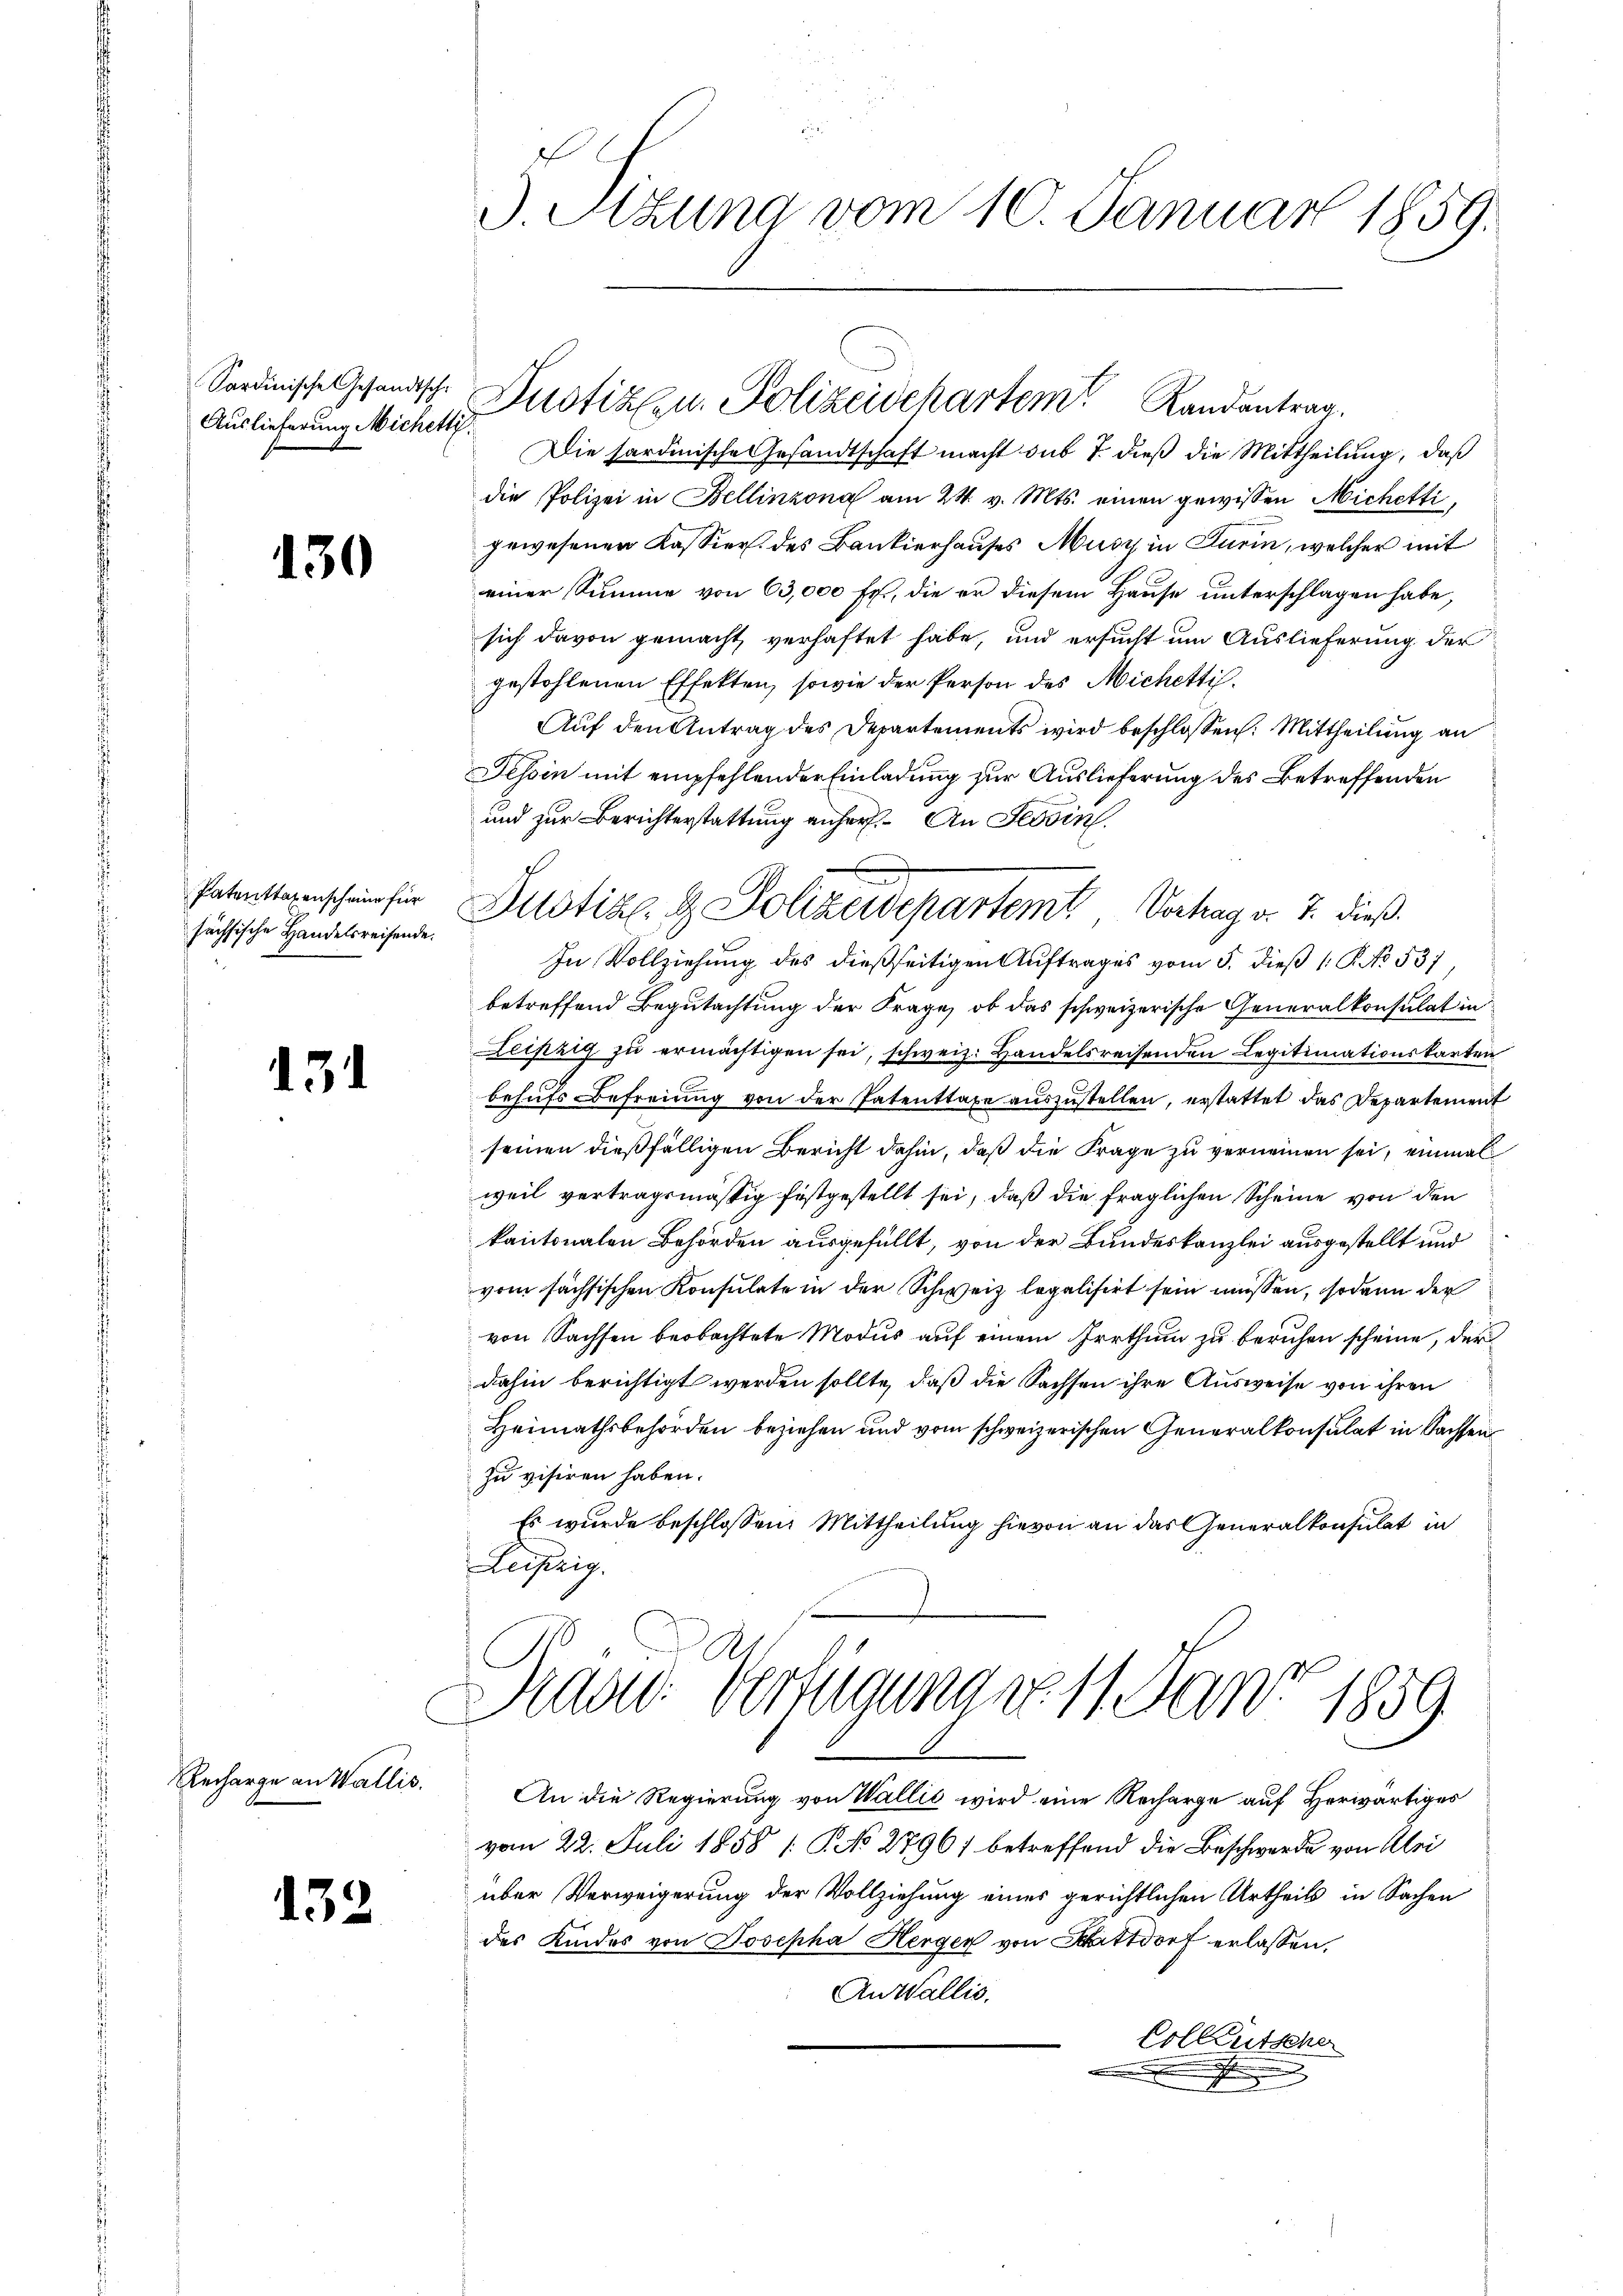
Auslieferung Michetti.

130

151

Recharge an Wallis.

13

Patentsagenscheine für
sächsische Handelsreisende.

J. Sitzung vom 10. Januar 1859.

Sardinische Gesandtsche Zustizlen. Polizeidckartem Randantrag.

Die sardinische Gesandtschaft macht das 7. dieß die Mittheilung, daß
die Polizei in Bellinzona am 24. v. Mts. einen gewissen Michetti,
gewesenen Kassier des Bankierhauses Musy in Turin, welcher mit
einer Summe von 03,000 Fr., die er diesem Hause unterschlagen habe,
sich davon gemacht verhaftet habe, und ersucht um Auslieferung der
gestohlenen Effekten, sowie der Person des Michetti.
Auf den Antrag des Departements wird beschlossen: Mittheilung an
Tessin mit empfehlender Einladung zur Auslieferung des Betreffenden
und zur Berichterstattung anher. An Servin
In Vollziehung des dießseitigen Auftrages vom 5. dieß (§. No. 537
betreffend Begutachtung der Frage, ob das schweizerische Generalkonsulat in
Leipzig zu ermächtigen sei, schweiz. Handelsreisenden Legitimationskarten
behufs Befreiung von der Patenttaxe auszustellen, erstattet das Departement
seinen dießfälligen Bericht dahin, daß die Frage zu verneinen sei, einmal
weil vertragsmäßig festgestellt sei, daß die fraglichen Scheine von den
kantonalen Behörden ausgefüllt, von der Bundeskanzlei ausgestellt und
vom sächsischen Konsulate in der Schweiz legalisirt sein müssen, sodann der
von Sachsen beobachtete Modus auf einem Irrthum zu beruhen scheine, der
dahin berichtigt werden sollte, daß die Sachsen ihre Ausweise von ihren
Heimathsbehörden beziehen und vom schweizerischen Generalkonsulat in Sachsen
zu visiren haben.
Es wurde beschlossen: Mittheilung hievon an das Generalkonsulat in
Leipzig.

f
Justiz & Polizeidepartemt, Verhag v. 7. dieß

Brand. Verfügung no. 11. Jan. 1859.

An die Regierung von Wallis wird eine Recharge auf Herwärtiges
vom 22. Juli 1858 / No 2796) betreffend die Beschwerde von Mei
über Verweigerung der Vollziehung eines gerichtlichen Urtheils in Sachen
des Kindes von Josepha Herger von Stattdorf erlassen,
An Wallis,
Colleutsche
.

e